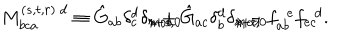
M _ { b c a } ^ { ( s , t , r ) \ d } \equiv \hat { G } _ { a b } \delta _ { c } ^ { d } \delta _ { r + s , 0 \hspace { . 0 5 i n } m o d \hspace { . 0 4 i n } \lambda } + \hat { G } _ { a c } \delta _ { b } ^ { d } \delta _ { r + t , 0 \hspace { . 0 5 i n } m o d \hspace { . 0 4 i n } \lambda } - f _ { a b } ^ { \ \ e } f _ { e c } ^ { \ \ d } .